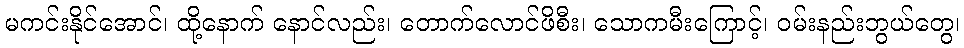
မကင်းနိုင်အောင်၊ ထို့နောက် နောင်လည်း၊ တောက်လောင်ဖိစီး၊ သောကမီးကြောင့်၊ ဝမ်းနည်းဘွယ်တွေ၊